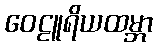
ဝေဠူရိယထမ္ဘာ